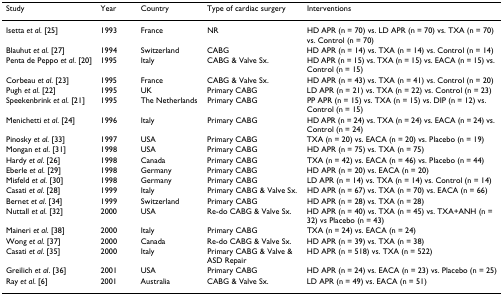
<table><thead><tr><td><b>Study</b></td><td><b>Year</b></td><td><b>Country</b></td><td><b>Type of cardiac surgery</b></td><td><b>Interventions</b></td></tr></thead><tbody><tr><td>Isetta <i>et al</i>. [25]</td><td>1993</td><td>France</td><td>NR</td><td>HD APR (n = 70) vs. LD APR (n = 70) vs. TXA (n = 70) vs. Control (n = 70)</td></tr><tr><td>Blauhut <i>et al</i>. [27]</td><td>1994</td><td>Switzerland</td><td>CABG</td><td>HD APR (n = 14) vs. TXA (n = 14) vs. Control (n = 14)</td></tr><tr><td>Penta de Peppo <i>et al</i>. [20]</td><td>1995</td><td>Italy</td><td>CABG &amp; Valve Sx.</td><td>HD APR (n = 15) vs. TXA (n = 15) vs. EACA (n = 15) vs. Control (n = 15)</td></tr><tr><td>Corbeau <i>et al</i>. [23]</td><td>1995</td><td>France</td><td>CABG &amp; Valve Sx.</td><td>HD APR (n = 43) vs. TXA (n = 41) vs. Control (n = 20)</td></tr><tr><td>Pugh <i>et al</i>. [22]</td><td>1995</td><td>UK</td><td>Primary CABG</td><td>LD APR (n = 21) vs. TXA (n = 22) vs. Control (n = 23)</td></tr><tr><td>Speekenbrink <i>et al</i>. [21]</td><td>1995</td><td>The Netherlands</td><td>Primary CABG</td><td>PP APR (n = 15) vs. TXA (n = 15) vs. DIP (n = 12) vs. Control (n = 15)</td></tr><tr><td>Menichetti <i>et al</i>. [24]</td><td>1996</td><td>Italy</td><td>Primary CABG</td><td>HD APR (n = 24) vs. TXA (n = 24) vs. EACA (n = 24) vs. Control (n = 24)</td></tr><tr><td>Pinosky <i>et al</i>. [33]</td><td>1997</td><td>USA</td><td>Primary CABG</td><td>TXA (n = 20) vs. EACA (n = 20) vs. Placebo (n = 19)</td></tr><tr><td>Mongan <i>et al</i>. [31]</td><td>1998</td><td>USA</td><td>Primary CABG</td><td>HD APR (n = 75) vs. TXA (n = 75)</td></tr><tr><td>Hardy <i>et al</i>. [26]</td><td>1998</td><td>Canada</td><td>Primary CABG</td><td>TXA (n = 42) vs. EACA (n = 46) vs. Placebo (n = 44)</td></tr><tr><td>Eberle <i>et al</i>. [29]</td><td>1998</td><td>Germany</td><td>Primary CABG</td><td>HD APR (n = 20) vs. EACA (n = 20)</td></tr><tr><td>Misfeld <i>et al</i>. [30]</td><td>1998</td><td>Germany</td><td>Primary CABG</td><td>LD APR (n = 14) vs. TXA (n = 14) vs. Control (n = 14)</td></tr><tr><td>Casati <i>et al</i>. [28]</td><td>1999</td><td>Italy</td><td>Primary CABG &amp; Valve Sx.</td><td>HD APR (n = 67) vs. TXA (n = 70) vs. EACA (n = 66)</td></tr><tr><td>Bernet <i>et al</i>. [34]</td><td>1999</td><td>Switzerland</td><td>Primary CABG</td><td>HD APR (n = 28) vs. TXA (n = 28)</td></tr><tr><td>Nuttall <i>et al</i>. [32]</td><td>2000</td><td>USA</td><td>Re-do CABG &amp; Valve Sx.</td><td>HD APR (n = 40) vs. TXA (n = 45) vs. TXA+ANH (n = 32) vs Placebo (n = 43)</td></tr><tr><td>Maineri <i>et al</i>. [38]</td><td>2000</td><td>Italy</td><td>Primary CABG</td><td>TXA (n = 24) vs. EACA (n = 24)</td></tr><tr><td>Wong <i>et al</i>. [37]</td><td>2000</td><td>Canada</td><td>Re-do CABG &amp; Valve Sx.</td><td>HD APR (n = 39) vs. TXA (n = 38)</td></tr><tr><td>Casati <i>et al</i>. [35]</td><td>2000</td><td>Italy</td><td>Primary CABG &amp; Valve &amp; ASD Repair</td><td>HD APR (n = 518) vs. TXA (n = 522)</td></tr><tr><td>Greilich <i>et al</i>. [36]</td><td>2001</td><td>USA</td><td>Primary CABG</td><td>HD APR (n = 24) vs. EACA (n = 23) vs. Placebo (n = 25)</td></tr><tr><td>Ray <i>et al</i>. [6]</td><td>2001</td><td>Australia</td><td>CABG &amp; Valve Sx.</td><td>LD APR (n = 49) vs. EACA (n = 51)</td></tr></tbody></table>